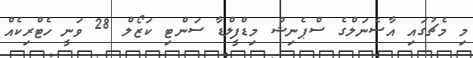
މި މެޗުގައި އާސެނަލްގެ ސްޕެނިޝް މިޑްފީލްޑާ ސަންޓި ކަޒޯލް 28 ވަނީ ހެޓްރިކެއް